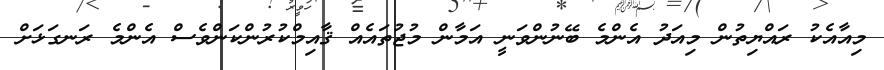
މިއާއެކު ރައްޔިތުން މިއަދު އެންމެ ބޭނުންވަނީ އަމާން މުޖުތައެއް ޤާއިމްކުރުންކަންވެސް އެންމެ ރަނގަޅަށް